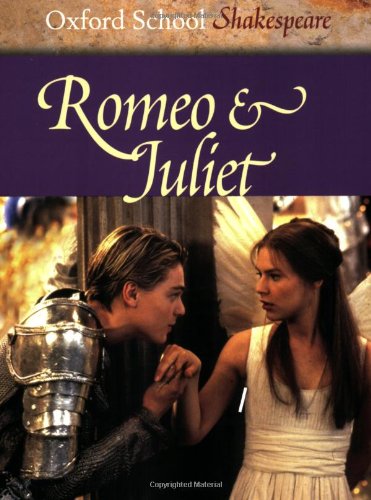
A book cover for Romeo & Juliet (Oxford School Shakespeare Series); William Shakespeare; Literature & Fiction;